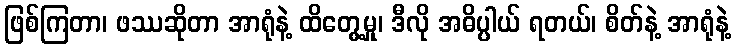
ဖြစ်ကြတာ၊ ဖဿဆိုတာ အာရုံနဲ့ ထိတွေ့မှု၊ ဒီလို အဓိပ္ပါယ် ရတယ်၊ စိတ်နဲ့ အာရုံနဲ့